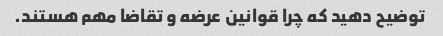
توضیح دهید که چرا قوانین عرضه و تقاضا مهم هستند.